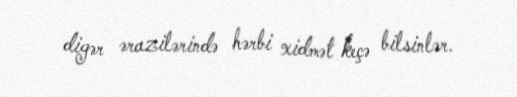
digər ərazilərində hərbi xidmət keçə bilsinlər.